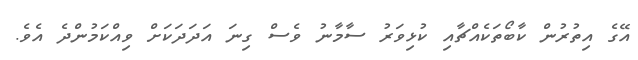
އޭގެ އިތުރުން ކާބޯތަކެއްޗާއި ކުޅިވަރު ސާމާނު ވެސް ގިނަ އަަދަދަކަށް ވިއްކަމުންދެ އެވެ.